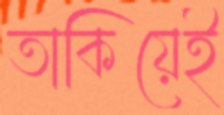
তাকিয়েই